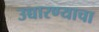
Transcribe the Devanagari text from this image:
उच्चारण्याचा